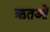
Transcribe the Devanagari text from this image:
ऋतओं